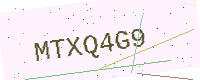
Text: MTXQ4G9